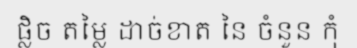
ផ្លិច តម្លៃ ដាច់ខាត នៃ ចំនួន កុំ